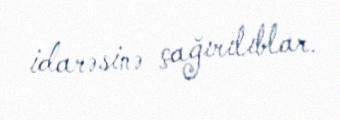
idarəsinə çağırılıblar.